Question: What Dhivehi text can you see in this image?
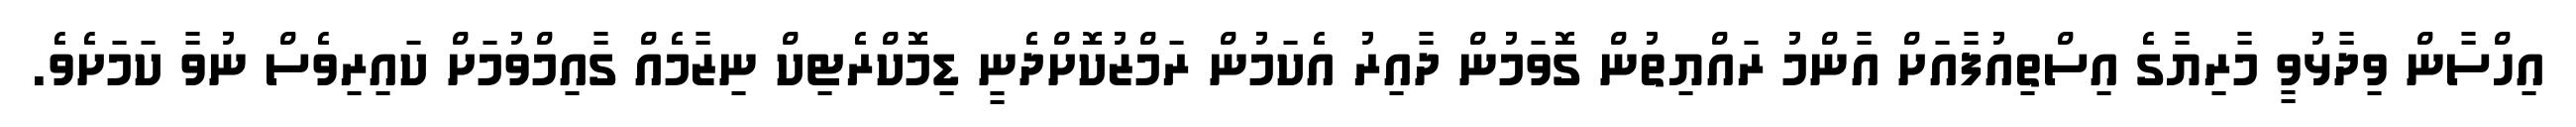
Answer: އިހްސާން ވިދާޅުވީ މާރިޔާގެ އިސްތިއުފާއަށް އާންމު ރައްޔިތުން ގޮވަމުން ދާއިރު އެކަމުން ރަމްޒުކޮށްދެނީ ޑިމޮކްރެޓިކް ނިޒާމެއް ގާއިމްވުމަށް ކައިރިވެސް ނުވާ ކަމަށެވެ.